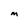
Character: M